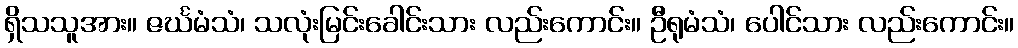
ရှိသသူအား။ ဇင်္ဃမံသံ၊ သလုံးမြင်းခေါင်းသား လည်းကောင်း။ ဦရုမံသံ၊ ပေါင်သား လည်းကောင်း။